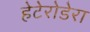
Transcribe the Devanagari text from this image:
हेटेरोडेरा